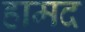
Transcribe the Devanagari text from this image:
हामद